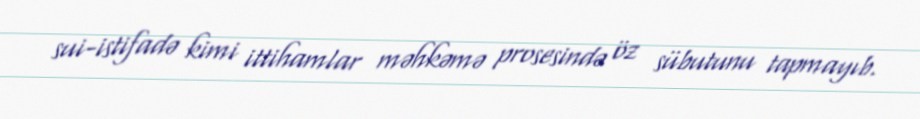
sui-istifadə kimi ittihamlar məhkəmə prosesində öz sübutunu tapmayıb.